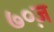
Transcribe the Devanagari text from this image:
७०ज़